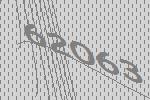
62063